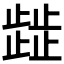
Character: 𭭴